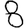
Digit: 8